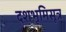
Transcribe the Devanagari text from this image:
दशभूमिसूत्र